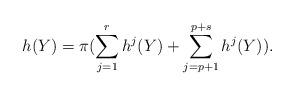
LaTeX: \begin{align*} h(Y)=\pi(\sum_{j=1}^r h^j(Y)+\sum_{j=p+1}^{p+s} h^j(Y)).\end{align*}